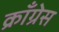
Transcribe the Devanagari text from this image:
क्राँग्रेस